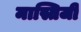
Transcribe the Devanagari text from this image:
मास्तिजी